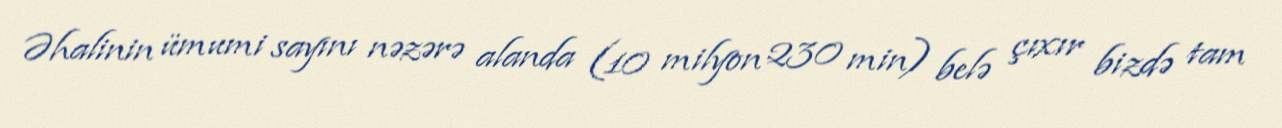
Əhalinin ümumi sayını nəzərə alanda (10 milyon 230 min) belə çıxır bizdə tam